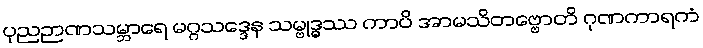
ပုညဉာဏသမ္ဘာရေ မဂ္ဂသဒ္ဒေန သမ္ဗုဒ္ဓဿ ကာပိ အာမသိတဗ္ဗောတိ ဂုဏကာရကံ